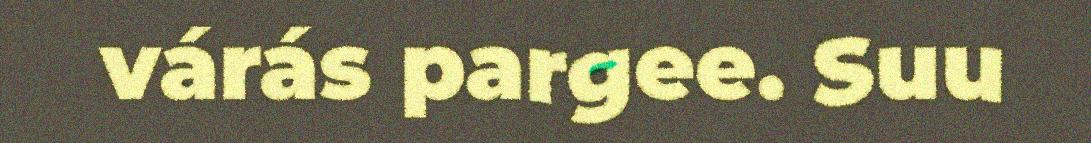
várás pargee. Suu